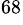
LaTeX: ^\mathrm{68}